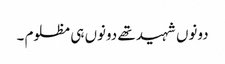
دونوں شہید تھے دونوں ہی مظلوم ۔